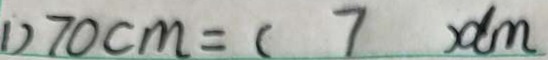
1 ) 7 0 c m = ( 7 ) d m